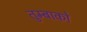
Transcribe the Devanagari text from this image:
तुम्बाको